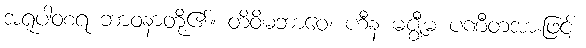
အရူပါဝစရ ဘာဝနာတို့၏။ တိဝိဓဘာဝေ၊ ဟီန မဇ္ဈီမ ပဏီတအားဖြင့်